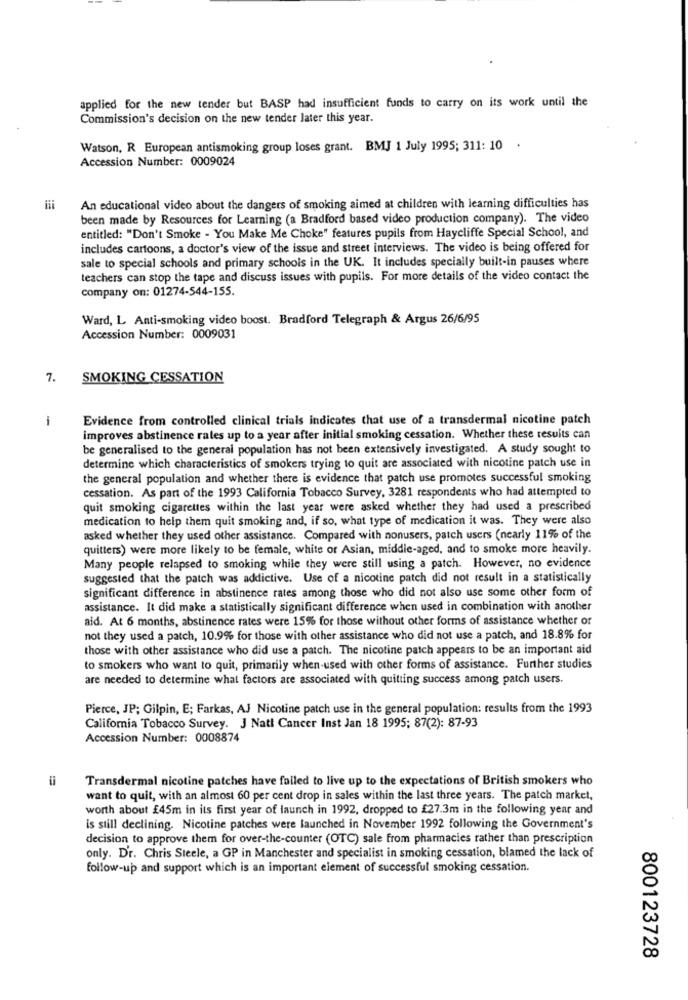
applied for the new tender but BASP had insufficient funds to carry on its work until the
Commission's decision on the new tender later this year.
Watson, R European antismoking group loses grant. BMJ 1 July 1995; 311: 10 .
Accession Number: 0009024
An educational video about the dangers of smoking aimed at children with learning difficulties has
been made by Resources for Learning (a Bradford based video production company). The video
entitled: "Don't Smoke - You Make Me Choke" features pupils from Haycliffe Special School, and
includes cartoons, a doctor's view of the issue and street interviews. The video is being offered for
sale to special schools and primary schools in the UK. It includes specially built-in pauses where
teachers can stop the tape and discuss issues with pupils. For more details of the video contact the
company on: 01274-544-155.
Ward, L Anti-smoking video boost. Bradford Telegraph & Argus 26/6/95
Accession Number: 0009031
7.
SMOKING CESSATION
1
Evidence from controlled clinical trials indicates that use of a transdermal nicotine patch
improves abstinence rates up to a year after initial smoking cessation. Whether these results can
be generalised to the general population has not been extensively investigated. A study sought to
determine which characteristics of smokers trying to quit are associated with nicotine patch use in
the general population and whether there is evidence that patch use promotes successful smoking
cessation. As part of the 1993 California Tobacco Survey, 3281 respondents who had attempted to
quit smoking cigarettes within the last year were asked whether they had used a prescribed
medication to help them quit smoking and, if so, what type of medication it was. They were also
asked whether they used other assistance. Compared with nonusers, patch users (nearly 11% of the
quitters) were more likely to be female, white or Asian, middle-aged, and to smoke more heavily.
Many people relapsed to smoking while they were still using a patch. However, no evidence
suggested that the patch was addictive. Use of a nicotine patch did not result in a statistically
significant difference in abstinence rates among those who did not also use some other form of
assistance. It did make a statistically significant difference when used in combination with another
aid. At 6 months, abstinence rates were 15% for those without other forms of assistance whether or
not they used a patch, 10.9% for those with other assistance who did not use a patch, and 18.8% for
those with other assistance who did use a patch. The nicotine patch appears to be an important aid
to smokers who want to quit, primarily when used with other forms of assistance. Further studies
are needed to determine what factors are associated with quitting success among patch users.
Pierce, JP; Gilpin, E; Farkas, AJ Nicotine patch use in the general population: results from the 1993
California Tobacco Survey. J Natt Cancer Inst Jan 18 1995; 87(2): 87-93
Accession Number: 0008874
Transdermal nicotine patches have failed to live up to the expectations of British smokers who
want to quit, with an almost 60 per cent drop in sales within the last three years. The patch market,
worth about £45m in its first year of launch in 1992, dropped to £27.3m in the following year and
is still declining. Nicotine patches were launched in November 1992 following the Government's
decision to approve them for over-the-counter (OTC) sale from pharmacies rather than prescription
only. Dr. Chris Steele, a GP in Manchester and specialist in smoking cessation, blamed the lack of
follow-up and support which is an important element of successful smoking cessation.
800123728